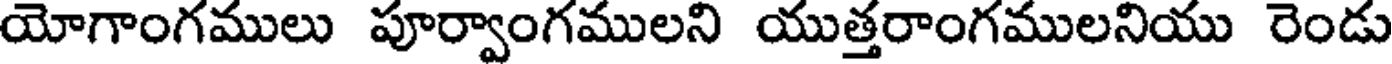
యోగాంగములు పూర్వాంగములని యుత్తరాంగములనియు రెండు